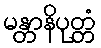
မန္တာနိပုတ္တံ